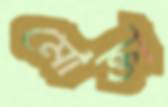
মোক্তা